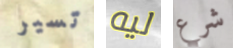
تسير ليه شرع